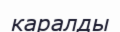
каралды